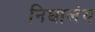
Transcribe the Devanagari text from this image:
निघालंंय